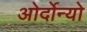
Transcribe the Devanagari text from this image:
ओर्दोन्यो